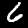
Digit: 6